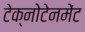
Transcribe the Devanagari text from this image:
टेक्नोटेनमेंट